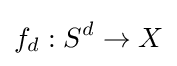
f_{d}:S^{d}\to X